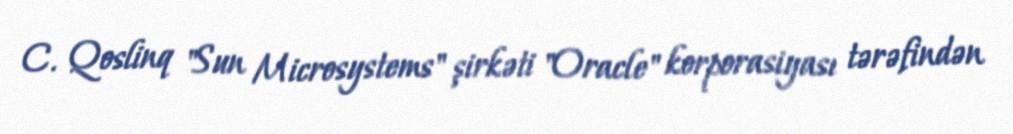
C. Qoslinq "Sun Microsystems" şirkəti "Oracle" korporasiyası tərəfindən